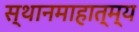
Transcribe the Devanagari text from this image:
स्थानमाहात्म्य